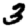
Digit: 3